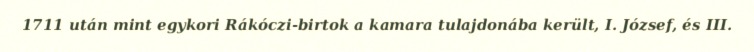
1711 után mint egykori Rákóczi-birtok a kamara tulajdonába került, I. József, és III.